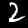
Label: 2